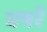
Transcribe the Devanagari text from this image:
वषरें